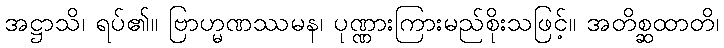
အဋ္ဌာသိ၊ ရပ်၏။ ဗြာဟ္မဏဿမန၊ ပုဏ္ဏားကြားမည်စိုးသဖြင့်။ အတိစ္ဆထာတိ၊